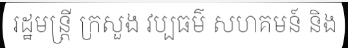
រដ្ឋមន្ត្រី ក្រសួង វប្បធម៌ សហគមន៍ និង